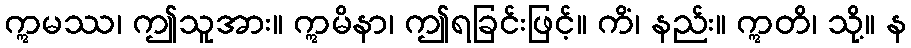
ဣမဿ၊ ဤသူအား။ ဣမိနာ၊ ဤရခြင်းဖြင့်။ ကိံ၊ နည်း။ ဣတိ၊ သို့။ န